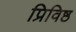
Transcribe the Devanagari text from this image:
प्रिविष्ठ